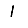
Digit: 1